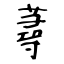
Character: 蕁